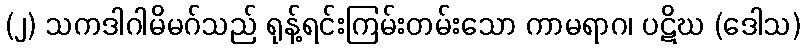
(၂) သကဒါဂါမိမဂ်သည် ရုန့်ရင်းကြမ်းတမ်းသော ကာမရာဂ၊ ပဋိဃ (ဒေါသ)